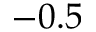
- 0 . 5